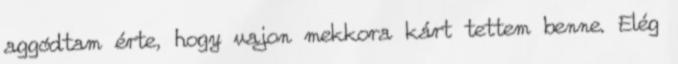
aggódtam érte, hogy vajon mekkora kárt tettem benne. Elég